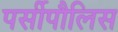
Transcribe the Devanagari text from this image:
पर्सीपौलिस